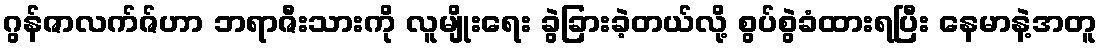
ဂွန်ဇာလက်ဇ်ဟာ ဘရာဇီးသားကို လူမျိုးရေး ခွဲခြားခဲ့တယ်လို့ စွပ်စွဲခံထားရပြီး နေမာနဲ့အတူ